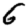
Digit: 6